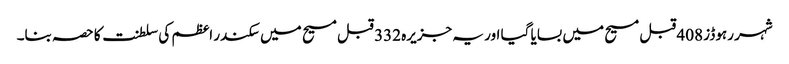
شہر رہوڈز 408 قبل مسیح میں بسایا گیا اور یہ جزیرہ 332 قبل مسیح میں سکندر اعظم کی سلطنت کا حصہ بنا۔